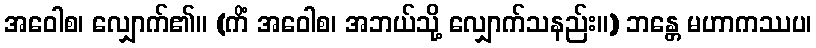
အဝေါစ၊ လျှောက်၏။ (ကိံ အဝေါစ၊ အဘယ်သို့ လျှောက်သနည်း။) ဘန္တေ မဟာကဿပ၊